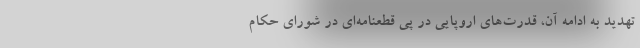
تهدید به ادامه آن، قدرت‌های اروپایی در پی قطعنامه‌ای در شورای حکام